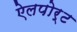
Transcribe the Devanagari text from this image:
ऐलपोर्ट